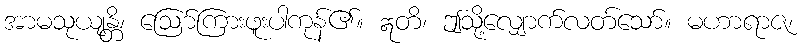
အာမသုယျန္တိ၊ ဩော်ကြားဖူးပါကုန်၏။ ဣတိ၊ ဤသို့လျှောက်လတ်သော်။ မဟာရာဇ၊